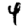
Digit: 4